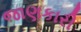
જાણકારી